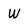
Character: W